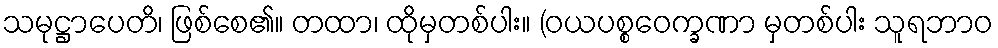
သမုဋ္ဌာပေတိ၊ ဖြစ်စေ၏။ တထာ၊ ထိုမှတစ်ပါး။ (ဝယပစ္စဝေက္ခဏာ မှတစ်ပါး သူရဘာဝ